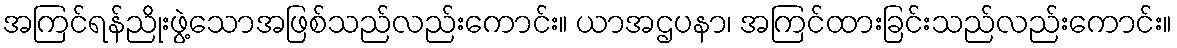
အကြင်ရန်ညိုးဖွဲ့သောအဖြစ်သည်လည်းကောင်း။ ယာအဌပနာ၊ အကြင်ထားခြင်းသည်လည်းကောင်း။